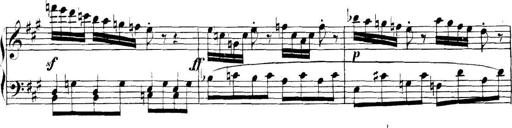
Title: Collected Piano Sonatas
Composer: Muzio Clementi